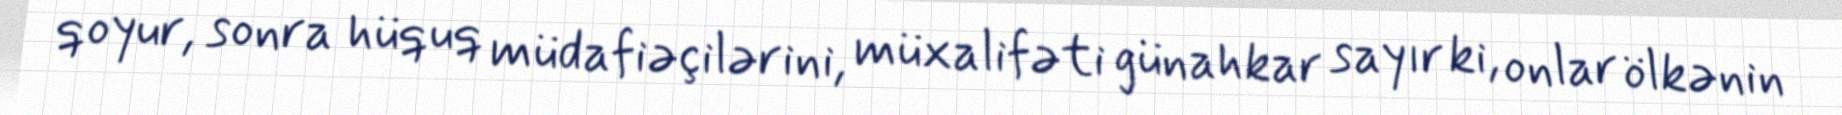
qoyur, sonra hüquq müdafiəçilərini, müxalifəti günahkar sayır ki, onlar ölkənin